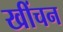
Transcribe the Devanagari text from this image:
खींचन